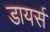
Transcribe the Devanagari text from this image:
डायर्स